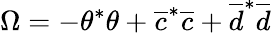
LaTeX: \Omega=-\theta^{*}\theta+\overline{{c}}^{*}\overline{{c}}+\overline{{d}}^{*}\overline{{d}}